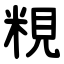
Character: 粯